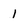
Character: 1